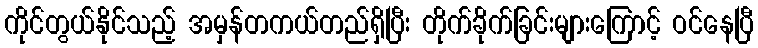
ကိုင်တွယ်နိုင်သည့် အမှန်တကယ်တည်ရှိပြီး တိုက်ခိုက်ခြင်းများကြောင့် ဝင်နေပြီ